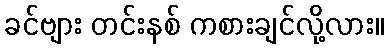
ခင်ဗျား တင်းနစ် ကစားချင်လို့လား။